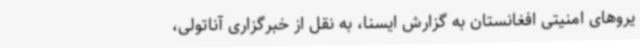
یروهای امنیتی افغانستان به گزارش ایسنا، به نقل از خبرگزاری آناتولی،